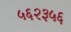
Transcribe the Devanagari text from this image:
५६२३५६